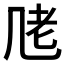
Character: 𱻧